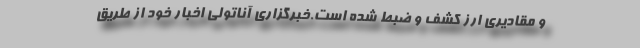
و مقادیری ارز کشف و ضبط شده است.خبرگزاري آناتولي اخبار خود از طريق